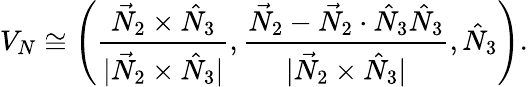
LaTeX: V_{N}\cong\left(\frac{\vec{N}_{2}\times\hat{N}_{3}}{|\vec{N}_{2}\times\hat{N}_{3}|},\frac{\vec{N}_{2}-\vec{N}_{2}\cdot\hat{N}_{3}\hat{N}_{3}}{|\vec{N}_{2}\times\hat{N}_{3}|},\hat{N}_{3}\right).